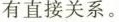
有直接关系。